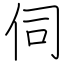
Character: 伺